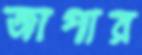
জাপার